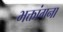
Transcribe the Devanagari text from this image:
भक्तांगना